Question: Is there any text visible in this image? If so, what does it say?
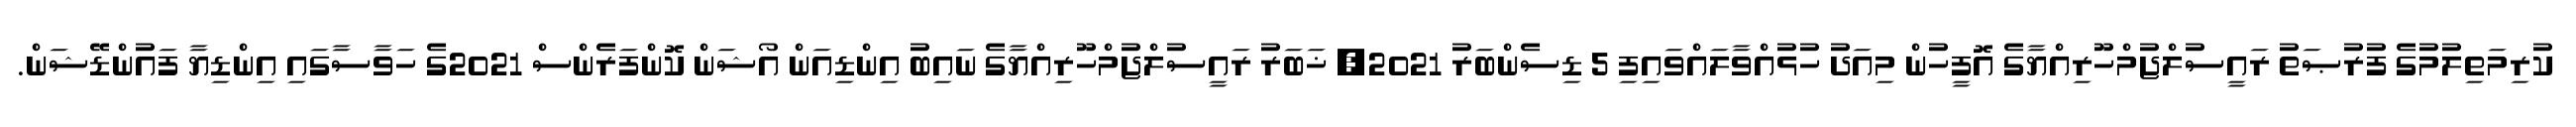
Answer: ކުރިމަތިލުމުގެ ފުރުޞަތު ރައީސުލްޖުމްހޫރިއްޔާގެ އޮފީހުން މިއަދު ހުޅުއްވާލައްވައިފި 5 ޑިސެންބަރު 2021, ޚަބަރު ރައީސުލްޖުމްހޫރިއްޔާގެ ނައިބު އިންޑިއަން އޯޝަން ކޮންފަރެންސް 2021ގެ ހަވާސާގައި އިންޑިޔާ ފައުންޑޭޝަން.